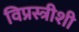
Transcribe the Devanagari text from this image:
विप्रस्त्रीशी